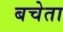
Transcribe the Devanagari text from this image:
बचेता